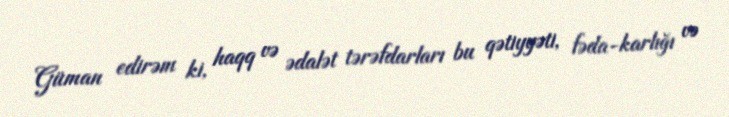
Güman edirəm ki, haqq və ədalət tərəfdarları bu qətiyyəti, fəda-karlığı və